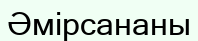
Әмірсананы